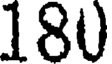
180